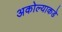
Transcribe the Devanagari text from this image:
अकोल्याकडे